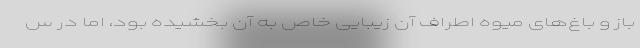
باز و باغ‌های میوه اطراف آن زیبایی خاص به آن بخشیده بود، اما در س